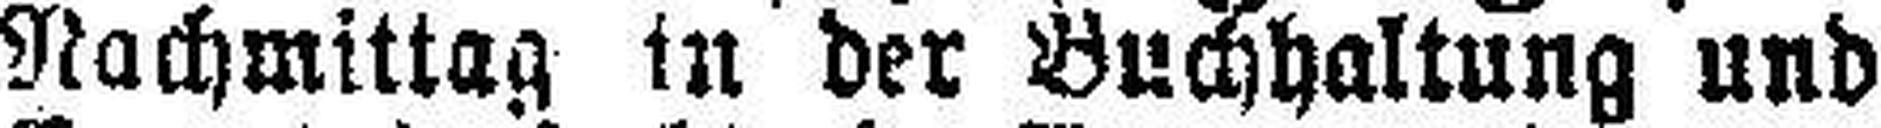
Nachmittag in der Buchhaltung und